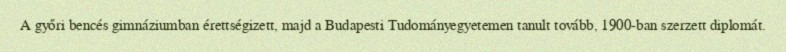
A győri bencés gimnáziumban érettségizett, majd a Budapesti Tudományegyetemen tanult tovább, 1900-ban szerzett diplomát.